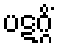
ပဋဂ္ဂိံ